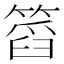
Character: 䈱